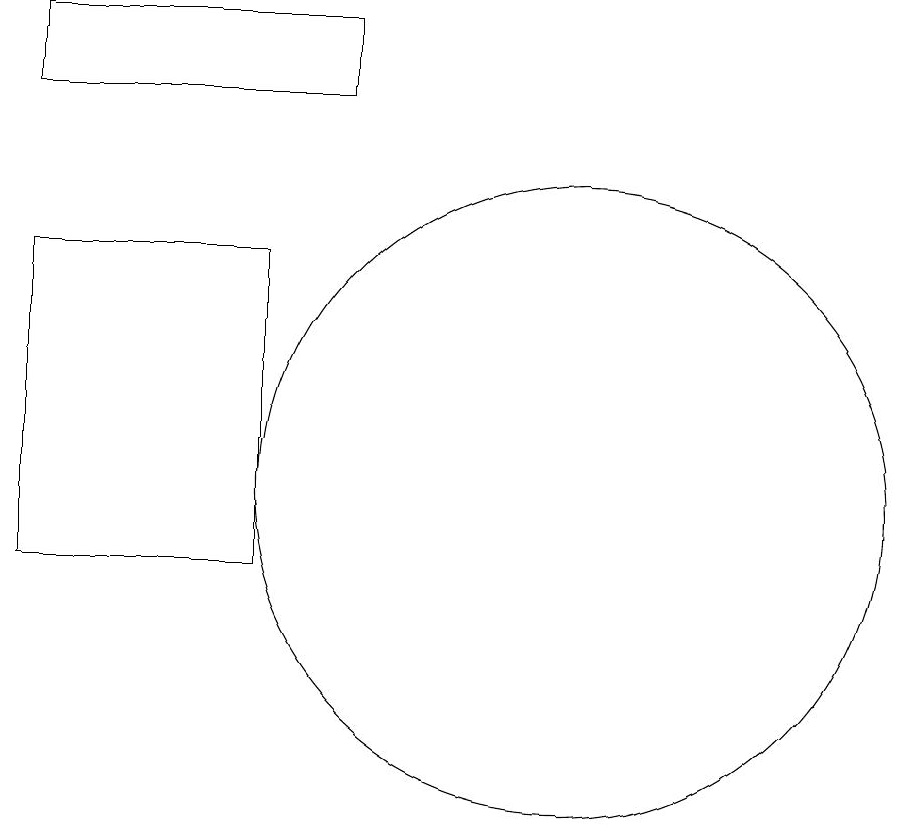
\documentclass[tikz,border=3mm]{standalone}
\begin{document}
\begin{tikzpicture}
\draw (10,12) circle (4);
\draw (6,15) rectangle (3,11);
\draw (3,18) rectangle (7,17);
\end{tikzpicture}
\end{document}